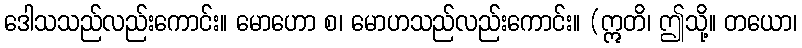
ဒေါသသည်လည်းကောင်း။ မောဟော စ၊ မောဟသည်လည်းကောင်း။ (ဣတိ၊ ဤသို့။ တယော၊